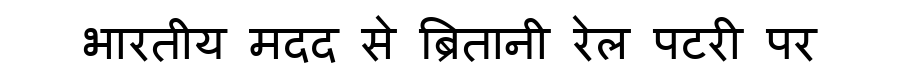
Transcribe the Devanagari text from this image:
भारतीय मदद से ब्रितानी रेल पटरी पर